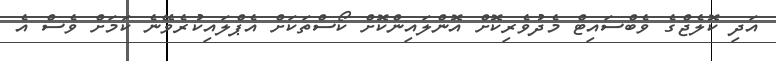
އަދި ކޮލެޖްގެ ވެބްސައިޓް މެދުވެރިކޮށް އޮންލައިންކޮށް ކޯސްތަކަށް އެޕްލައިކުރެވޭނެ ކަމަށް ވެސް އެ